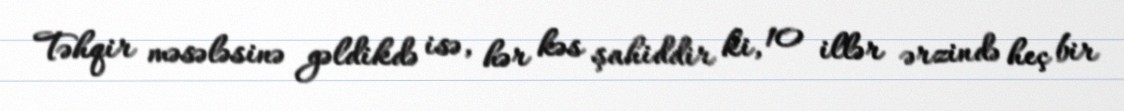
Təhqir məsələsinə gəldikdə isə, hər kəs şahiddir ki, 10 illər ərzində heç bir